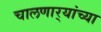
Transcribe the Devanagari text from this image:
चालणार्‍यांच्या